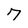
Character: 7